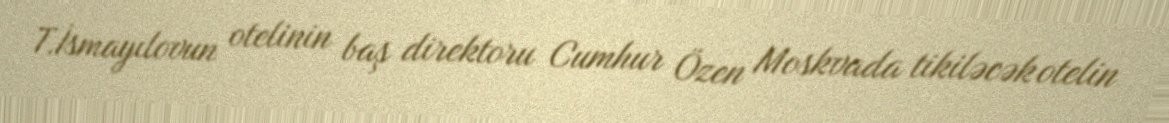
T.İsmayılovun otelinin baş direktoru Cumhur Özen Moskvada tikiləcək otelin